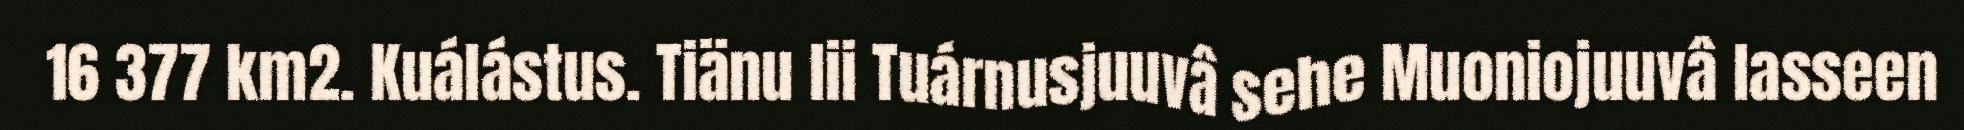
16 377 km2. Kuálástus. Tiänu lii Tuárnusjuuvâ sehe Muoniojuuvâ lasseen